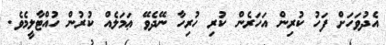
އެދުވަހަށް ފަހު ކުރިން އަހަރެން ކުރި ހުރިހާ ނޭދެވޭ ޢަމަލެއް ކުރުން ހުއްޓާލީމެވެ.